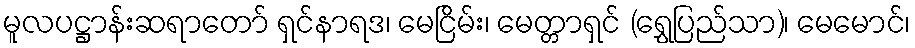
မူလပဋ္ဌာန်းဆရာတော် ရှင်နာရဒ၊ မေငြိမ်း၊ မေတ္တာရှင် (ရွှေပြည်သာ)၊ မေမောင်၊